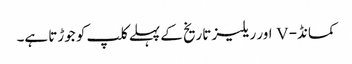
کمانڈ- V اور ریلیز تاریخ کے پہلے کلپ کو جوڑتا ہے۔